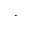
\cdot